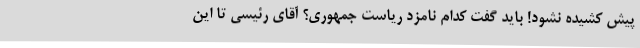
پیش کشیده نشود! باید گفت کدام نامزد ریاست جمهوری؟ آقای رئیسی تا این